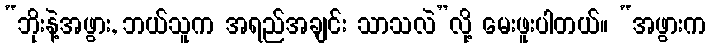
“ဘိုးနဲ့အဖွား, ဘယ်သူက အရည်အချင်း သာသလဲ”လို့ မေးဖူးပါတယ်။ “အဖွားက